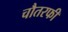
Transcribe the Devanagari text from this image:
चौतरफी